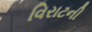
વિરાટની